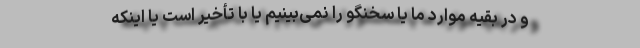
و در بقیه موارد ما یا سخنگو را نمی‌بینیم یا با تأخیر است یا اینکه